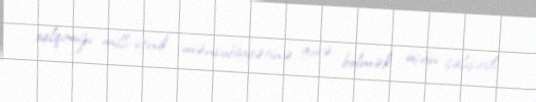
xalqımızı milli-etnik mənsubiyyətinə görə bölmək üçün çalışırdı.